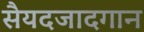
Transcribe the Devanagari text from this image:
सैयदजादगान